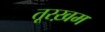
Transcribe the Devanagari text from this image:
तूरख़म